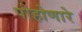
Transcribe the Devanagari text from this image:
पोहोणारे